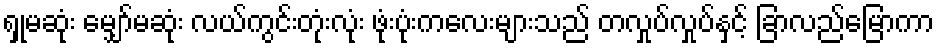
ရှုမဆုံး မျှော်မဆုံး လယ်ကွင်းတုံးလုံး ဖုံးပုံးကလေးများသည် တလှုပ်လှုပ်နှင့် ခြာလည်မြောကာ